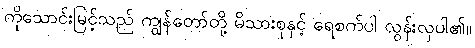
ကိုသောင်းမြင့်သည် ကျွန်တော်တို့ မိသားစုနှင့် ရေစက်ပါ လွန်းလှပါ၏။